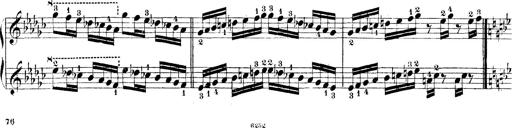
Title: Technische Studien
Composer: Franz Liszt